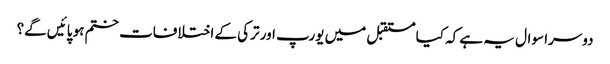
دوسرا سوال یہ ہے کہ کیا مستقبل میں یورپ اور ترکی کے اختلافات ختم ہو پائیں گے؟